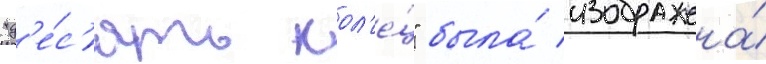
"д'е́с'ять кол'е́ц" была́ изображена́